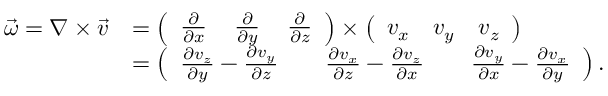
{ \begin{array} { r l } { { \vec { \omega } } = \nabla \times { \vec { v } } } & { = { \left( \begin{array} { l l l } { { \frac { \partial } { \partial x } } } & { \, { \frac { \partial } { \partial y } } } & { \, { \frac { \partial } { \partial z } } } \end{array} \right) } \times { \left( \begin{array} { l l l } { v _ { x } } & { v _ { y } } & { v _ { z } } \end{array} \right) } } \\ & { = { \left( \begin{array} { l l l } { { \frac { \partial v _ { z } } { \partial y } } - { \frac { \partial v _ { y } } { \partial z } } } & { \quad { \frac { \partial v _ { x } } { \partial z } } - { \frac { \partial v _ { z } } { \partial x } } } & { \quad { \frac { \partial v _ { y } } { \partial x } } - { \frac { \partial v _ { x } } { \partial y } } } \end{array} \right) } \, . } \end{array} }